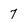
Character: 7